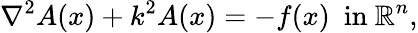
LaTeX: \nabla^{2}A(x)+k^{2}A(x)=-f(x)\ {\mathrm{~in~}}\mathbb{R}^{n},